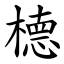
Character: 㯖